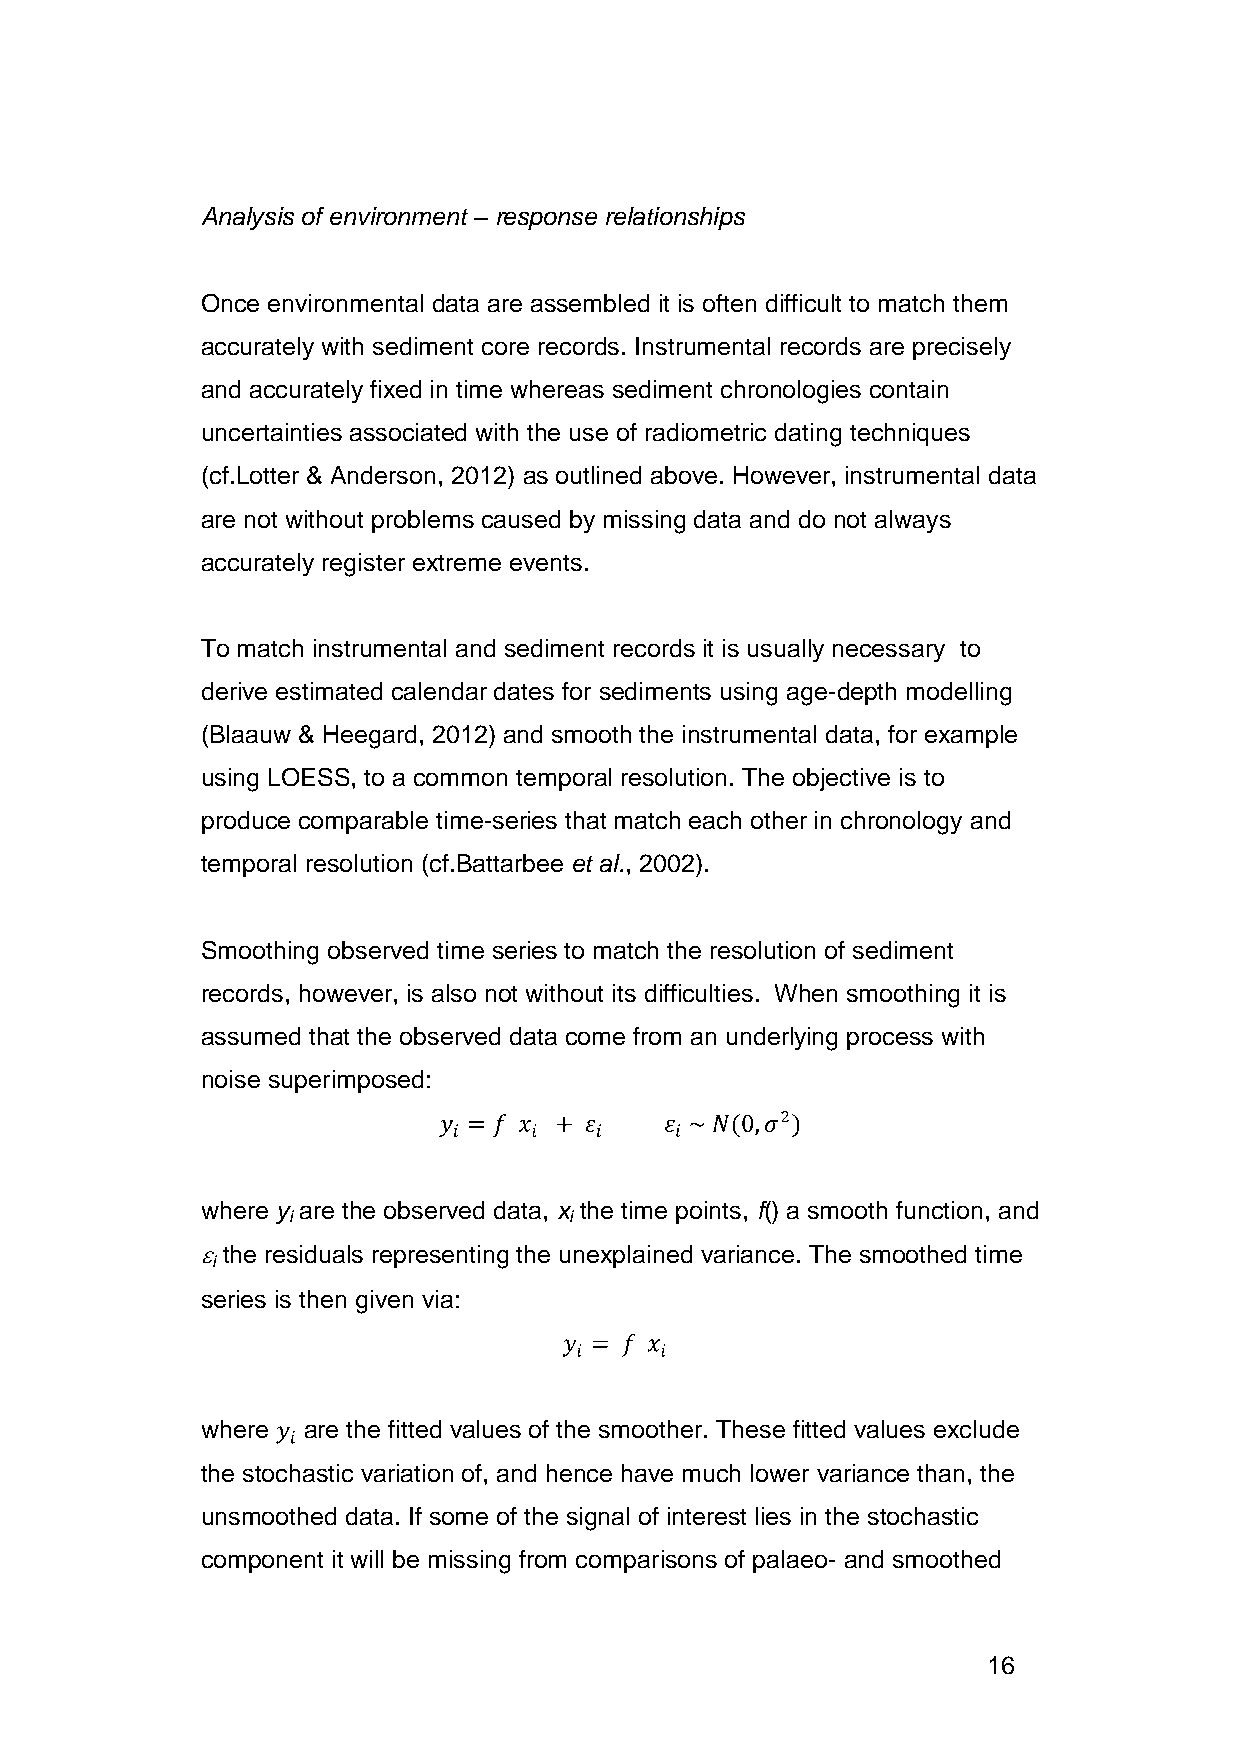
Analysis of environment – response relationships
 Once environmental data are assembled it is often difficult to match them
 accurately with sediment core records. Instrumental records are precisely
 and accurately fixed in time whereas sediment chronologies contain
 uncertainties associated with the use of radiometric dating techniques
 (cf.Lotter & Anderson, 2012) as outlined above. However, instrumental data
 are not without problems caused by missing data and do not always
 accurately register extreme events.
 To match instrumental and sediment records it is usually necessary to
 derive estimated calendar dates for sediments using age-depth modelling
 (Blaauw & Heegard, 2012) and smooth the instrumental data, for example
 using LOESS, to a common temporal resolution. The objective is to
 produce comparable time-series that match each other in chronology and
 temporal resolution (cf.Battarbee et al., 2002).
 Smoothing observed time series to match the resolution of sediment
 records, however, is also not without its difficulties. When smoothing it is
 assumed that the observed data come from an underlying process with
 noise superimposed:
 where y are the observed data, x the time points, f() a smooth function, and
 i                  i
  the residuals representing the unexplained variance. The smoothed time
 i
 series is then given via:
 where  are the fitted values of the smoother. These fitted values exclude
 the stochastic variation of, and hence have much lower variance than, the
 unsmoothed data. If some of the signal of interest lies in the stochastic
 component it will be missing from comparisons of palaeo- and smoothed
 16